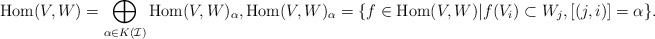
\begin{align*}\mathrm{Hom}(V,W) = \bigoplus_{\alpha \in K(\mathcal{I})} \mathrm{Hom}(V,W)_{\alpha}, \mathrm{Hom}(V,W)_{\alpha}=\{f \in \mathrm{Hom}(V,W)|f(V_{i}) \subset W_{j}, [(j,i)]=\alpha\}.\end{align*}